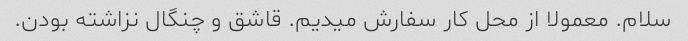
سلام. معمولا از محل کار سفارش میدیم. قاشق و چنگال نزاشته بودن.